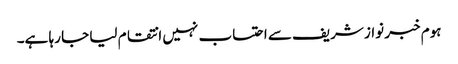
ہوم خبر نواز شریف سے احتساب نہیں انتقام لیا جا رہا ہے۔